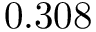
0 . 3 0 8